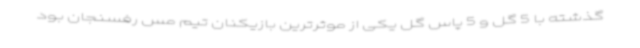
گذشته با 5 گل و 5 پاس گل یکی از موثرترین بازیکنان تیم مس رفسنجان بود